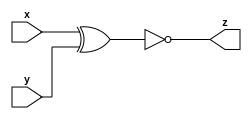
// Statement
// Taken from 2015 midterm question 4

// Circuit B can be described by the following simulation waveform:
// Circuit : https://hdlbits.01xz.net/wiki/File:Mt2015_q4b.png

// Solution
module top_module ( input x, input y, output z );
    assign z = ~(x^y);
endmodule